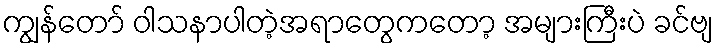
ကျွန်တော် ဝါသနာပါတဲ့အရာတွေကတော့ အများကြီးပဲ ခင်ဗျ